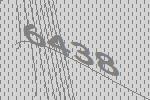
6438